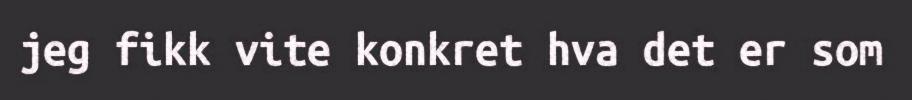
jeg fikk vite konkret hva det er som